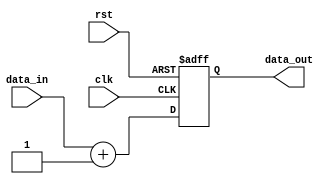
module behavioral_modeling_block (
    input wire clk,
    input wire rst,
    input wire [7:0] data_in,
    output reg [7:0] data_out
);

always @(posedge clk or negedge rst) begin
    if (rst == 1'b0) begin
        data_out <= 8'b0;
    end else begin
        // Describe the behavior of the circuit/module here
        // using the inputs, outputs, and internal logic
        
        data_out <= data_in + 8'b1;
    end
end

endmodule